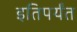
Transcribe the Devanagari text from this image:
इतिपर्यंत